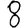
Digit: 8